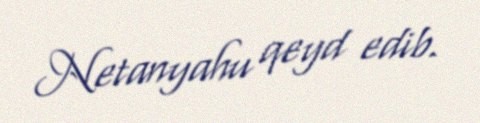
Netanyahu qeyd edib.